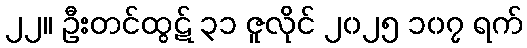
၂၂။ ဦးတင်ထွဋ် ၃၁ ဇူလိုင် ၂၀၂၅ ၁၀၇ ရက်